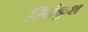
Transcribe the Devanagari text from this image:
रिनंकुश